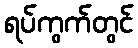
ရပ်ကွက်တွင်